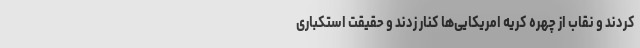
کردند و نقاب از چهره کریه امریکایی‌ها کنار زدند و حقیقت استکباری